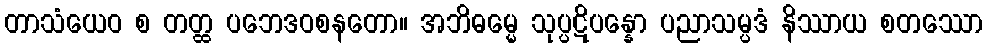
တာသံယေဝ စ တတ္ထ ပဘေဒဝစနတော။ အဘိဓမ္မေ သုပ္ပဋိပန္နော ပညာသမ္ပဒံ နိဿာယ စတဿော